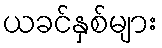
ယခင်နှစ်များ